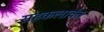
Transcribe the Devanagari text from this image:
सहकलावंत